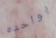
بواحده